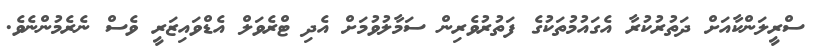
ސްރީލަންކާއަށް ދަތުރުކުރާ އެގައުމުތަކުގެ ފަތުރުވެރިން ސަމާލުވުމަށް އެދި ޓްރެވަލް އެޑްވައިޒަރީ ވެސް ނެރެމުންނެވެ.